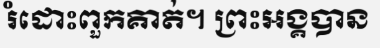
រំដោះពួកគាត់។ ព្រះអង្គបាន